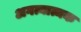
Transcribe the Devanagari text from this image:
अगत्यात्मक